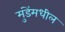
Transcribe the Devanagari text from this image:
मुंडेंमधील